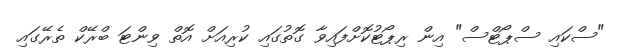
"ސްކައި ސްޕޯޓްސް" އިން ރިޕޯޓުކޮށްފައިވާ ގޮތުގައި ކުރިއަށް އޮތް ވިންޓަ ބްރޭކް ތެރޭގައި